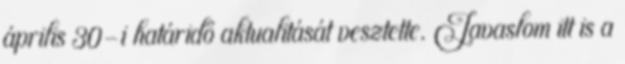
április 30-i határidő aktualitását vesztette. Javaslom itt is a